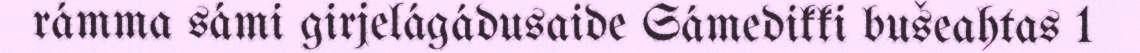
rámma sámi girjelágádusaide Sámedikki bušeahtas 1